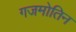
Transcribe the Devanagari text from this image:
गजमोतिन